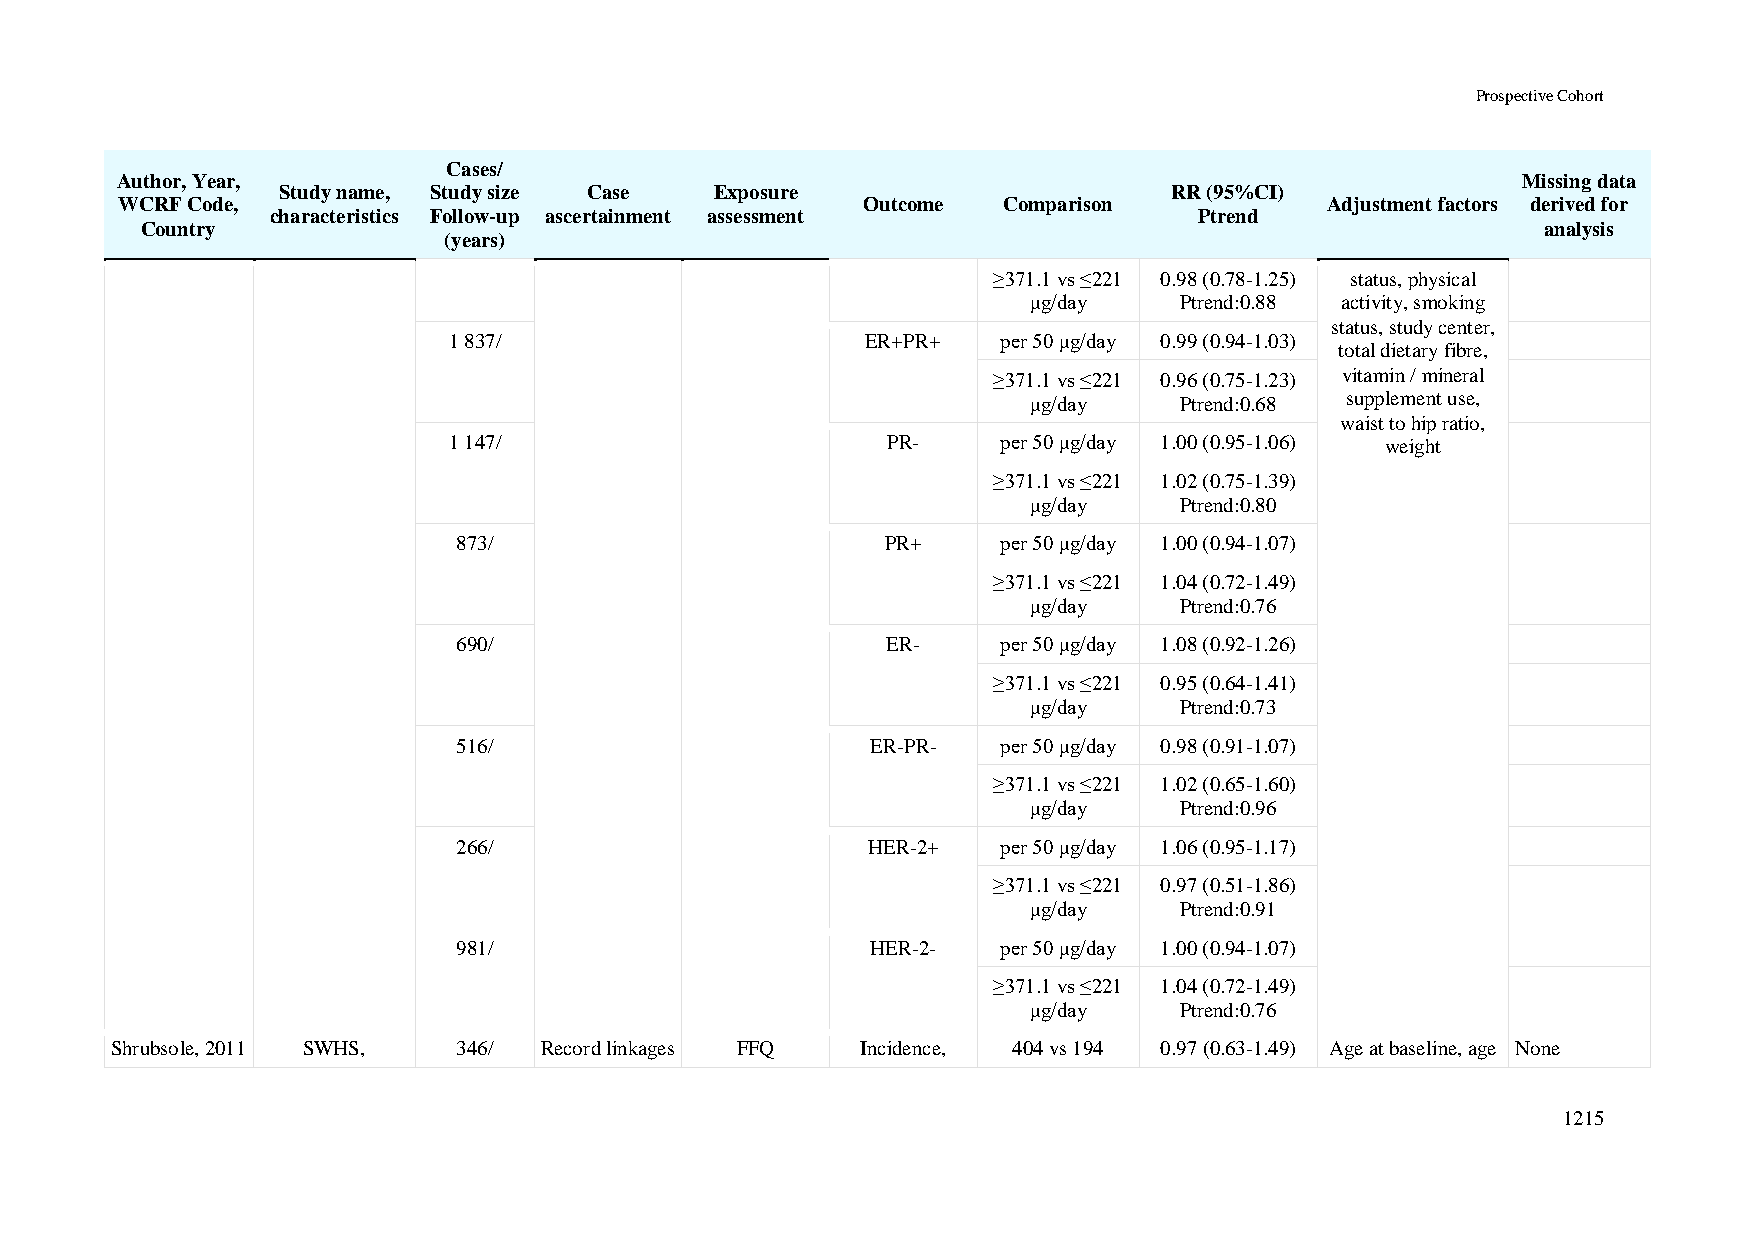
Prospective Cohort
 Cases/
 Author, Year,                                                                                Missing data
 Study name, Study size Case  Exposure                       RR (95%CI)
 WCRF Code,                                       Outcome  Comparison            Adjustment factors derived for
 characteristics Follow-up ascertainment assessment           Ptrend
 Country                                                                                      analysis
 (years)
 ≥371.1 vs ≤221 0.98 (0.78-1.25) status, physical
 μg/day    Ptrend:0.88 activity, smoking
 status, study center,
 1 837/                     ER+PR+   per 50 μg/day 0.99 (0.94-1.03)
 total dietary fibre,
 ≥371.1 vs ≤221 0.96 (0.75-1.23) vitamin / mineral
 μg/day    Ptrend:0.68 supplement use,
 waist to hip ratio,
 1 147/                       PR-    per 50 μg/day 1.00 (0.95-1.06) weight
 ≥371.1 vs ≤221 1.02 (0.75-1.39)
 μg/day    Ptrend:0.80
 873/                         PR+    per 50 μg/day 1.00 (0.94-1.07)
 ≥371.1 vs ≤221 1.04 (0.72-1.49)
 μg/day    Ptrend:0.76
 690/                         ER-    per 50 μg/day 1.08 (0.92-1.26)
 ≥371.1 vs ≤221 0.95 (0.64-1.41)
 μg/day    Ptrend:0.73
 516/                        ER-PR-  per 50 μg/day 0.98 (0.91-1.07)
 ≥371.1 vs ≤221 1.02 (0.65-1.60)
 μg/day    Ptrend:0.96
 266/                       HER-2+   per 50 μg/day 1.06 (0.95-1.17)
 ≥371.1 vs ≤221 0.97 (0.51-1.86)
 μg/day    Ptrend:0.91
 981/                        HER-2-  per 50 μg/day 1.00 (0.94-1.07)
 ≥371.1 vs ≤221 1.04 (0.72-1.49)
 μg/day    Ptrend:0.76
 Shrubsole, 2011 SWHS,  346/  Record linkages FFQ  Incidence, 404 vs 194 0.97 (0.63-1.49) Age at baseline, age None
 1215